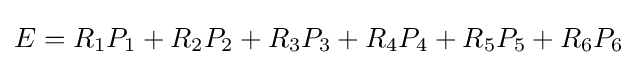
E=R_{1}P_{1}+R_{2}P_{2}+R_{3}P_{3}+R_{4}P_{4}+R_{5}P_{5}+R_{6}P_{6}